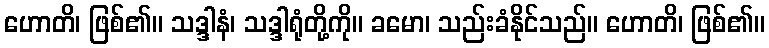
ဟောတိ၊ ဖြစ်၏။ သဒ္ဒါနံ၊ သဒ္ဒါရုံတို့ကို။ ခမော၊ သည်းခံနိုင်သည်။ ဟောတိ၊ ဖြစ်၏။